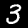
Digit: 3